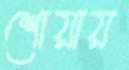
শোয়ায়